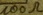
Text: 100Ω